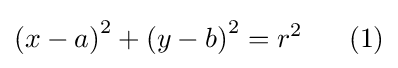
\left(x-a\right)^{2}+\left(y-b\right)^{2}=r^{2}\ \ \ \ \ (1)